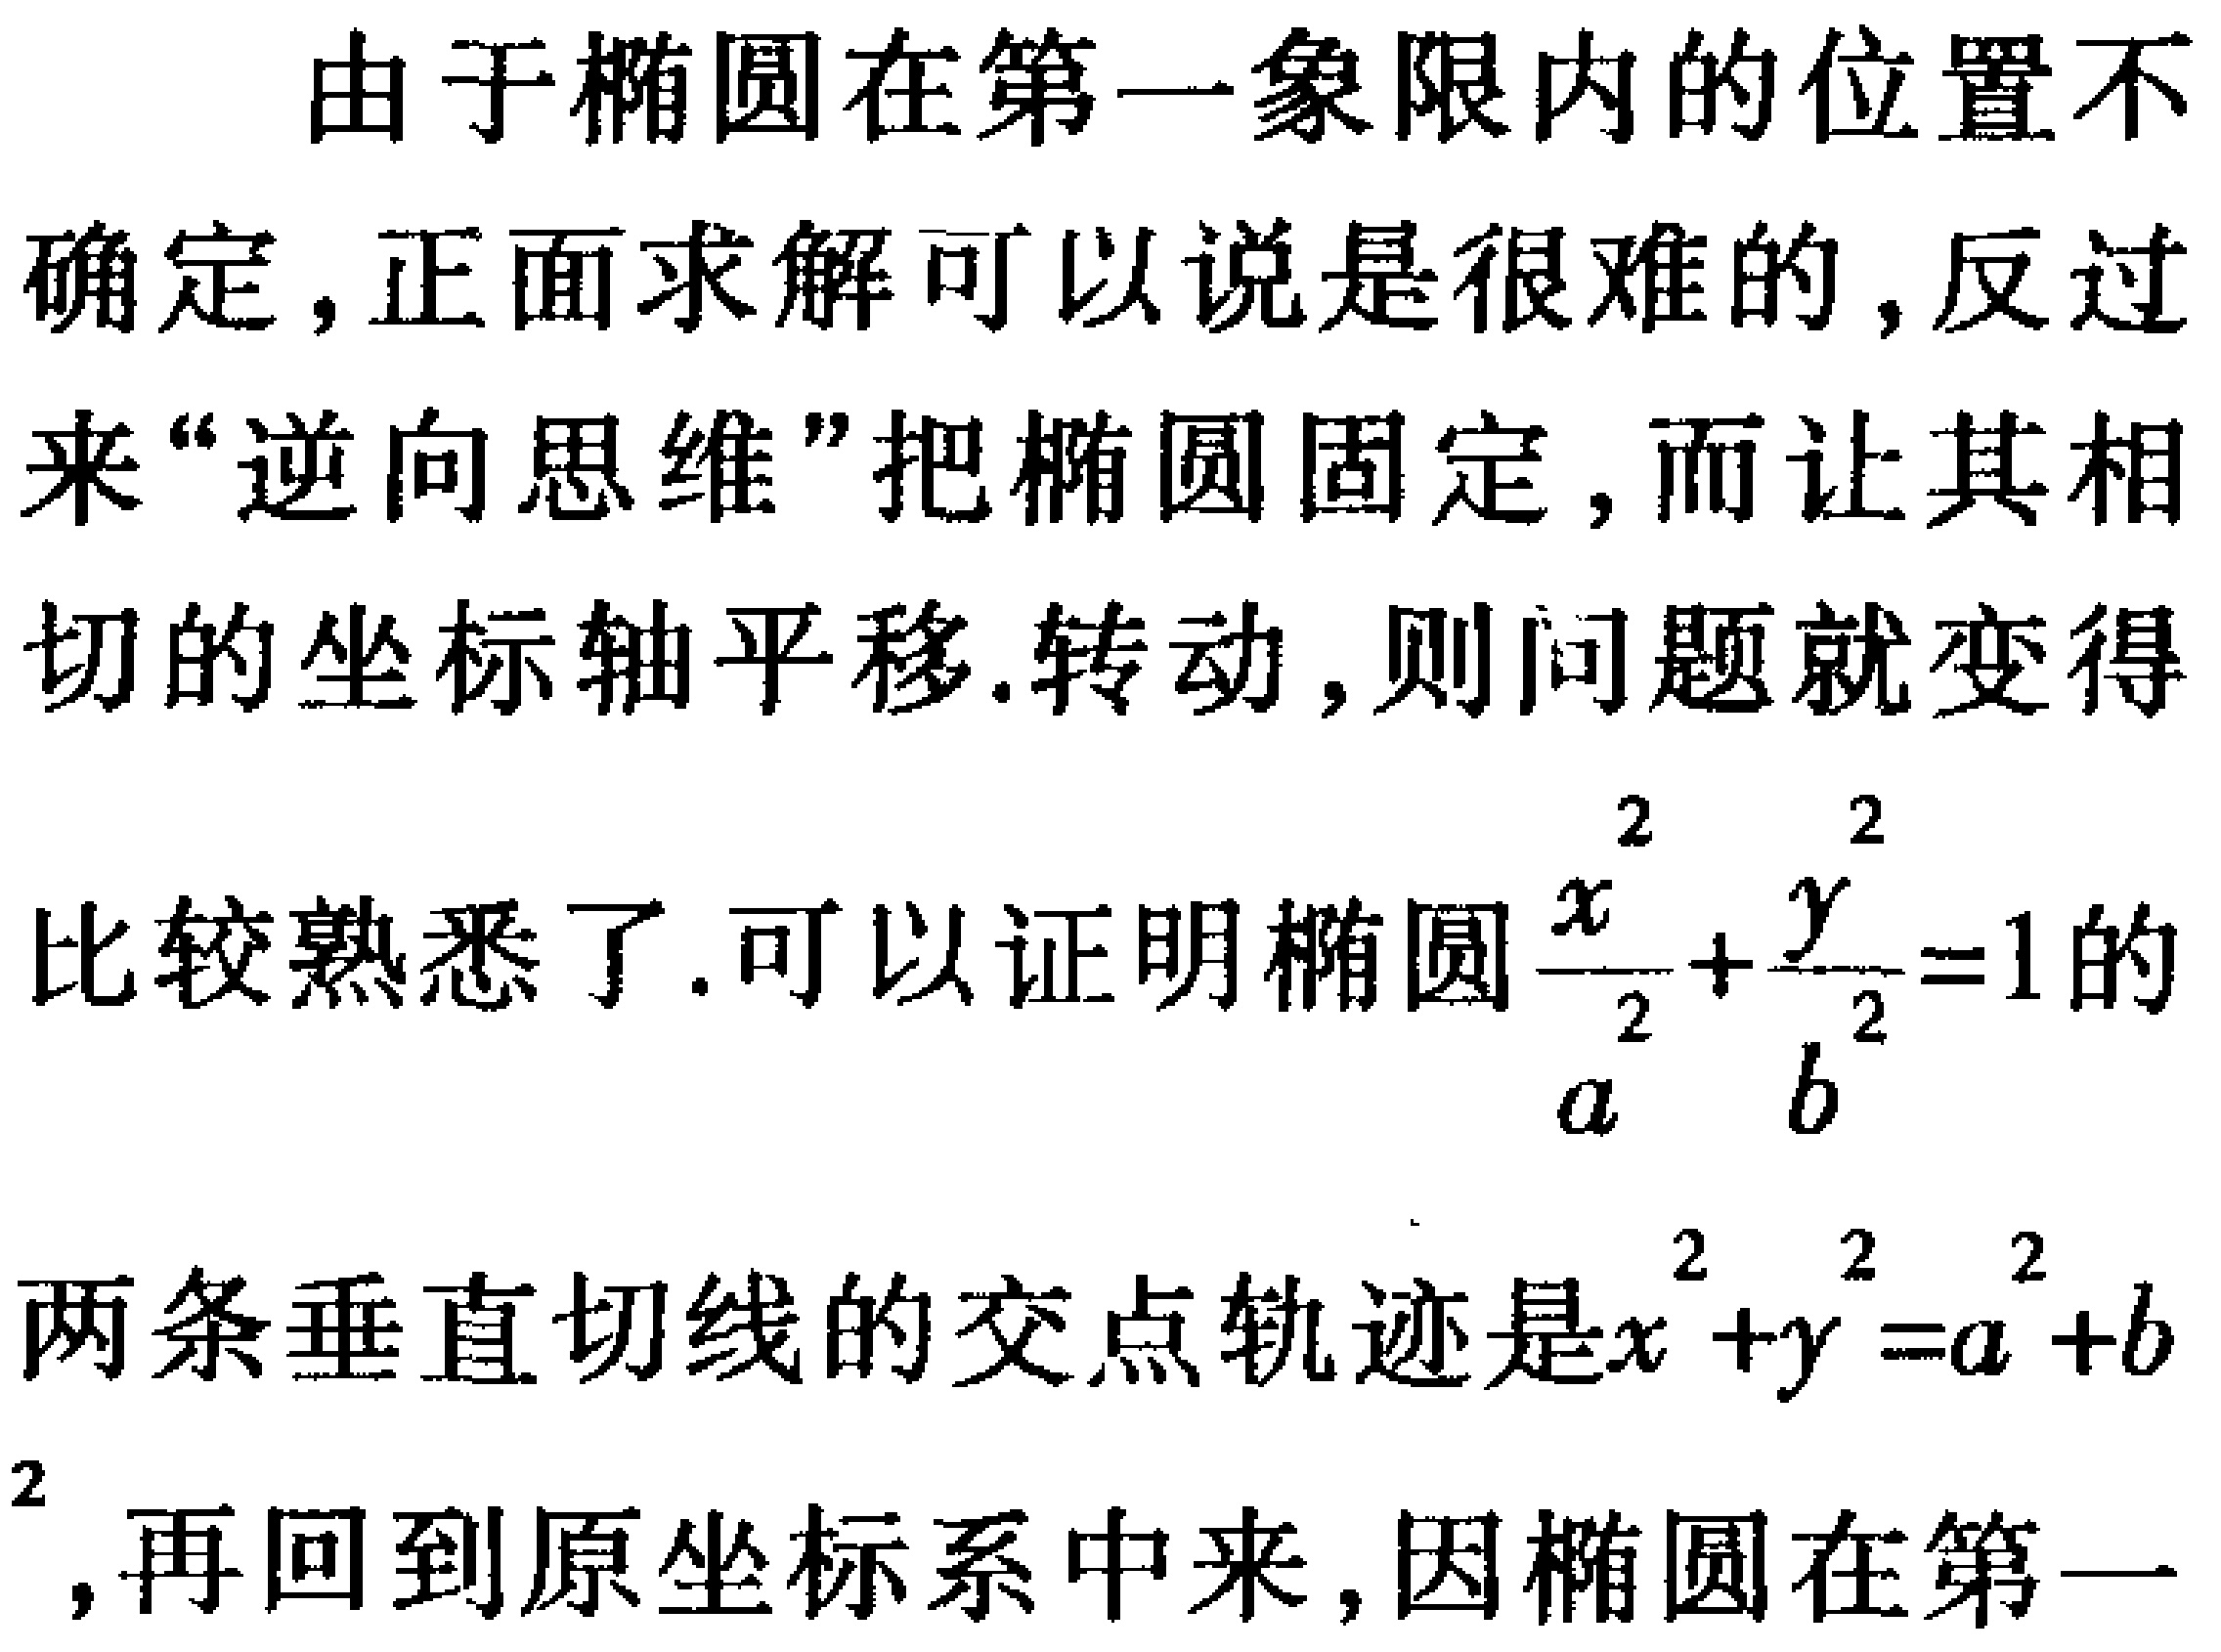
由于椭圆在第一象限内的位置不

确定,正面求解可以说是很难的,反过

来“逆向思维”把椭圆固定,而让其相

切的坐标轴平移.转动,则问题就变得

比较熟悉了.可以证明椭圆$\frac{x^{2}}{a^{2}}+\frac{y^{2}}{b^{2}} = 1$的

两条垂直切线的交点轨迹是$x^{2}+y^{2}=a^{2}+b$

$^{2}$,再回到原坐标系中来,因椭圆在第一